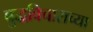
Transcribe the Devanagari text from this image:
बुद्धविचाराच्या